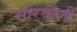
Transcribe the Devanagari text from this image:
सोरयाली